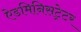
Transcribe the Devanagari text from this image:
ऐडमिनिसट्रेटर